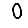
Digit: 0